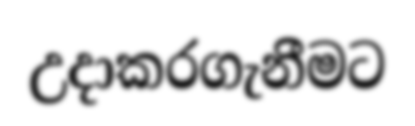
උදාකරගැනීමට